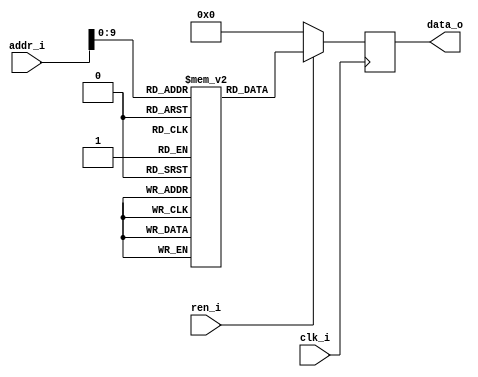
//read only
module sram
(
    input   wire                clk_i      ,
    input   wire [14:0]         addr_i     ,
    input   wire                ren_i      ,
    output  wire [31:0]         data_o
);

    reg [31:0] ram [1023:0];
    reg [31:0] ram_read_q;

    always @ (posedge clk_i) begin
        if(ren_i)
            ram_read_q <= ram[addr_i];
        else
            ram_read_q <= 32'b0;
    end

    assign data_o = ram_read_q;


endmodule